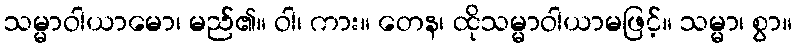
သမ္မာဝါယာမော၊ မည်၏။ ဝါ၊ ကား။ တေန၊ ထိုသမ္မာဝါယာမဖြင့်။ သမ္မာ၊ စွာ။